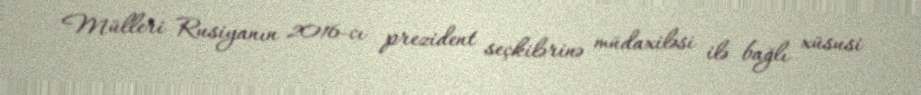
Mülleri Rusiyanın 2016-cı prezident seçkilərinə müdaxiləsi ilə bağlı xüsusi